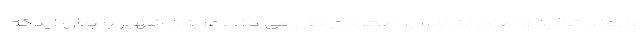
و روند تولید و صادرات مسیر صعودی طی می کند. علیزاد شهیر با بیان اینکه